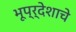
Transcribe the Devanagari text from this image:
भूप्र्देशाचे